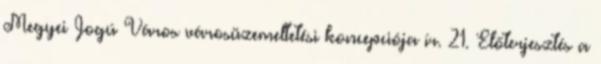
Megyei Jogú Város városüzemeltetési koncepciója ír. 21. Előterjesztés a